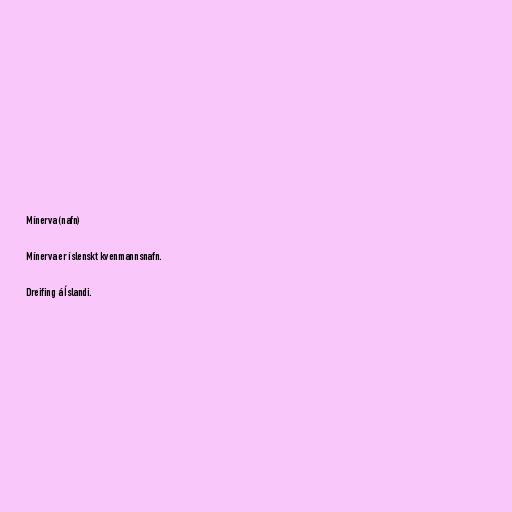
Mínerva (nafn)

Mínerva er íslenskt kvenmannsnafn.

Dreifing á Íslandi.